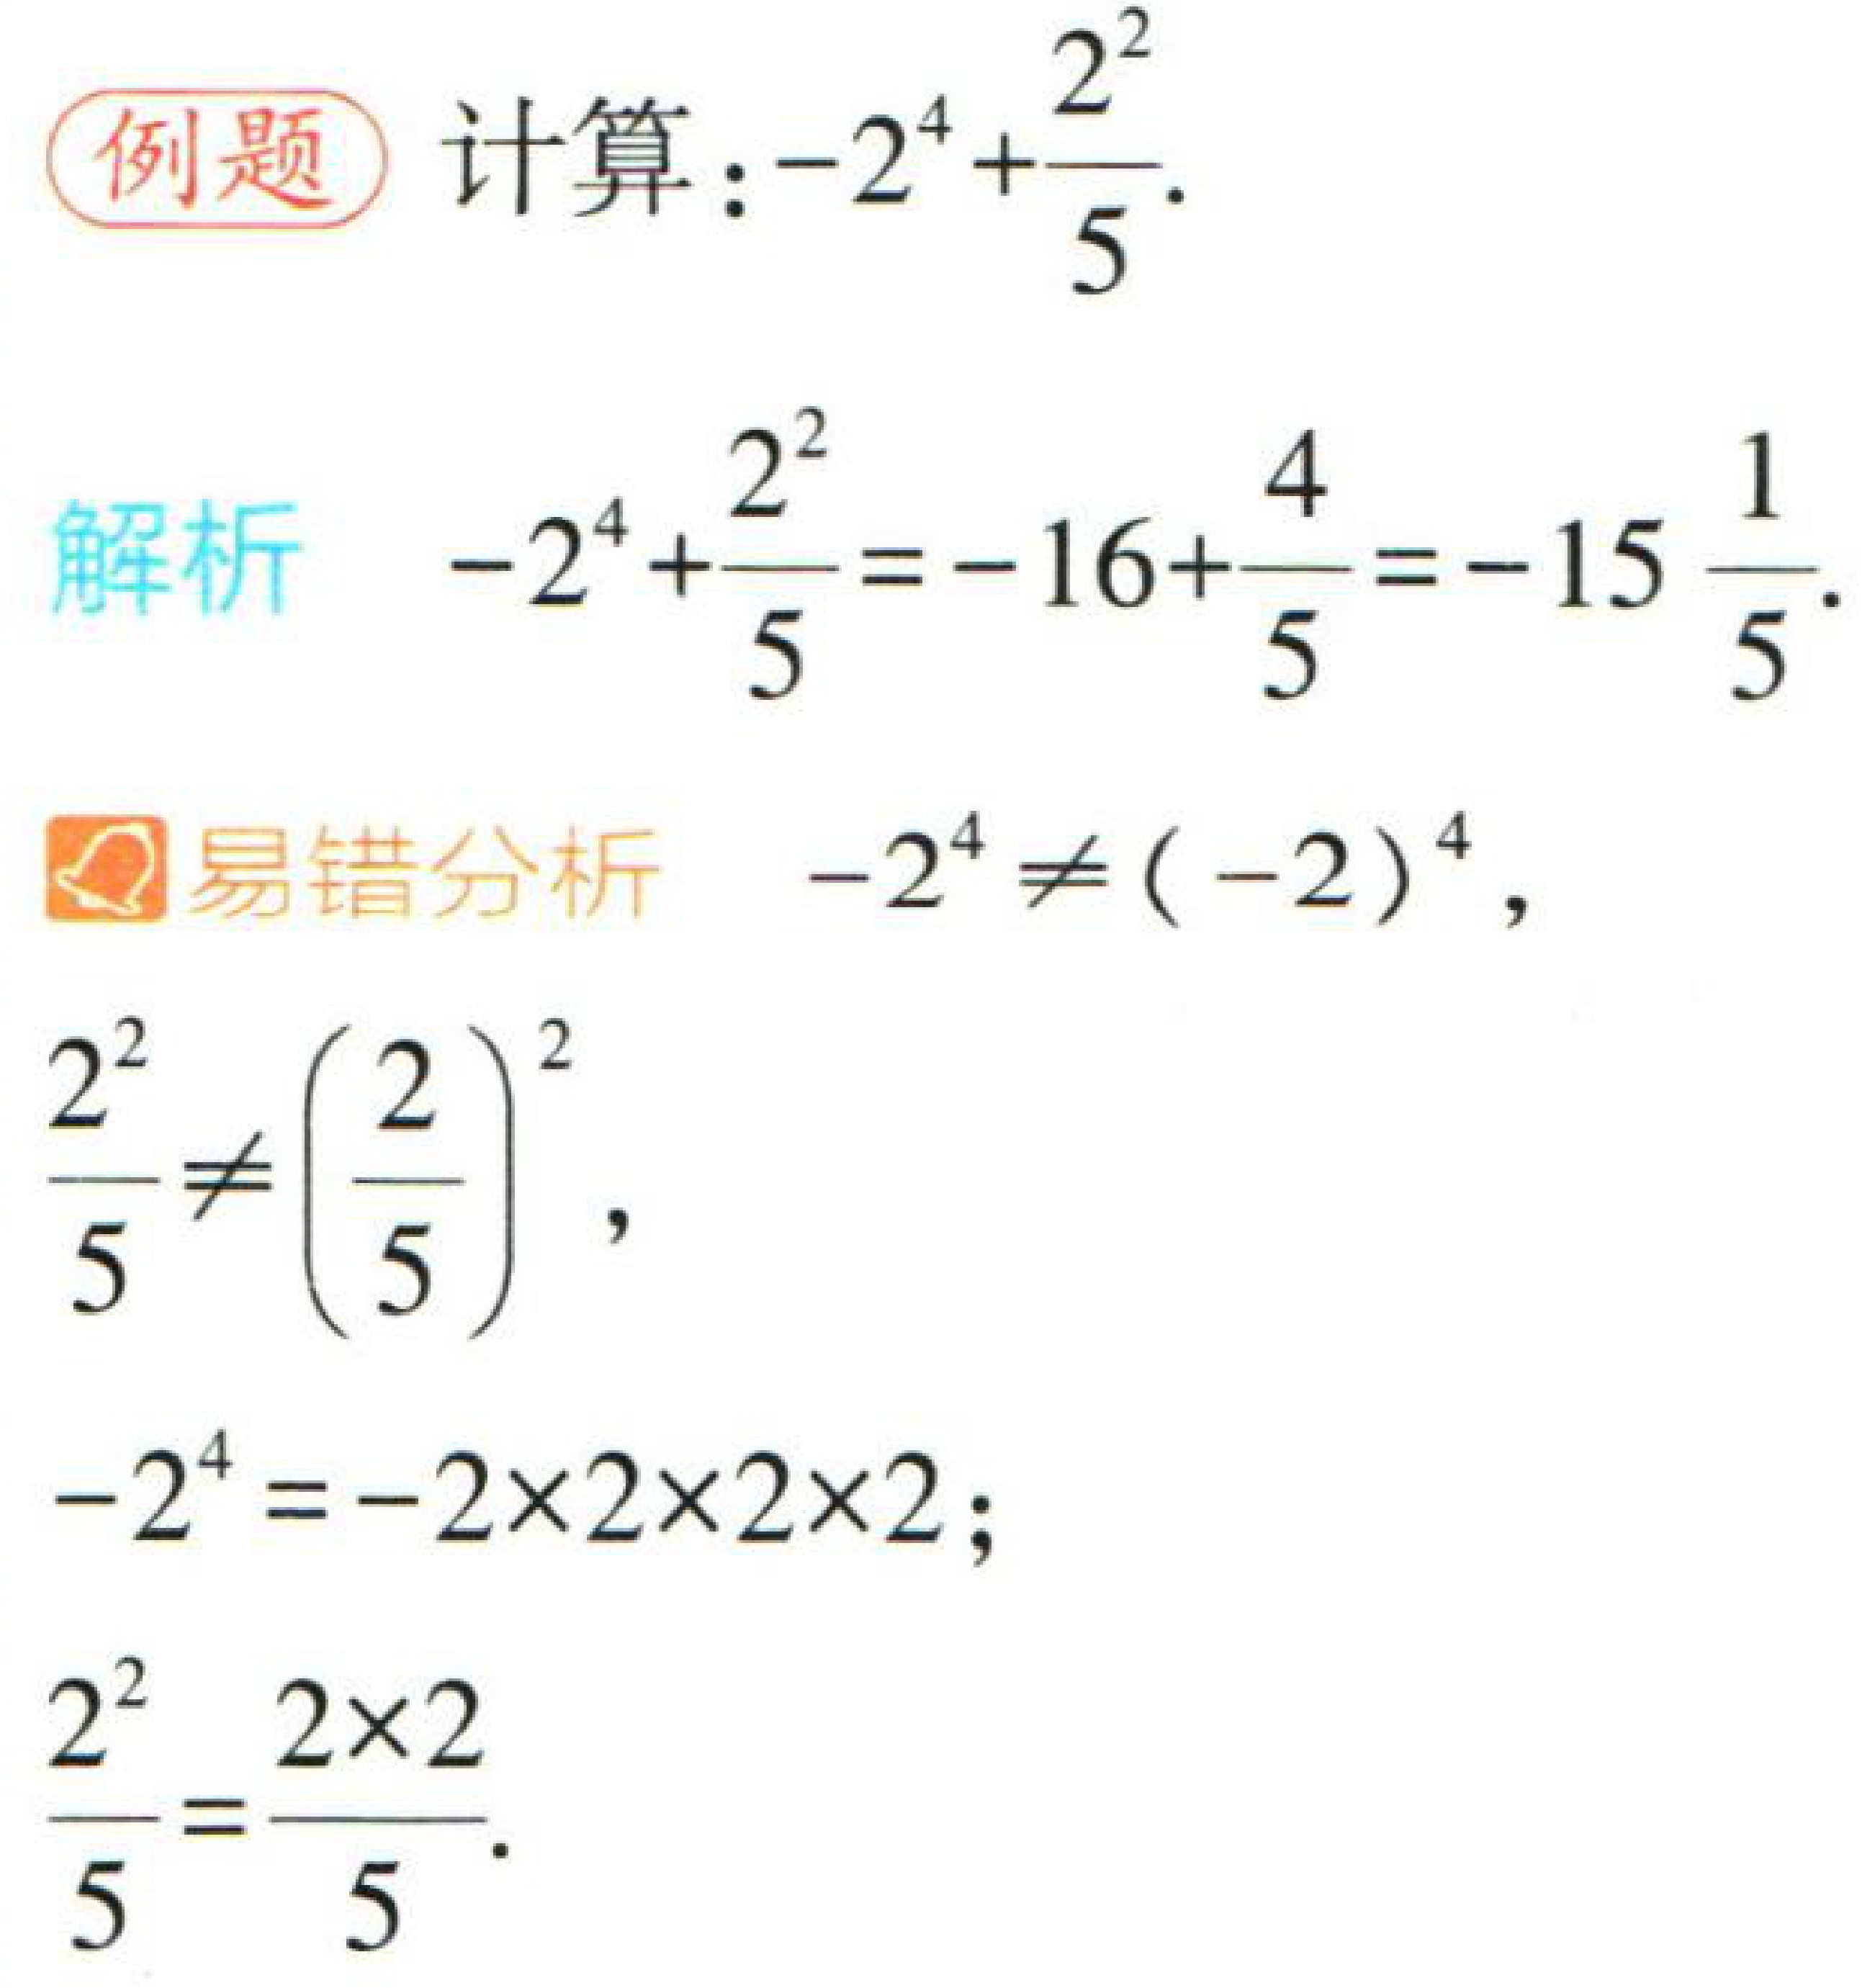
例题 计算：\(-2^{4}+\frac{2^{2}}{5}\).
解析 \(-2^{4}+\frac{2^{2}}{5}=-16+\frac{4}{5}=-15\frac{1}{5}\).
易错分析 \(-2^{4}\neq(-2)^{4}\)，
\(\frac{2^{2}}{5}\neq\left(\frac{2}{5}\right)^{2}\)，
\(-2^{4}=-2\times2\times2\times2\)；
\(\frac{2^{2}}{5}=\frac{2\times2}{5}\).